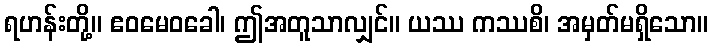
ရဟန်းတို့။ ဧဝမေဝခေါ၊ ဤအတူသာလျှင်။ ယဿ ကဿစိ၊ အမှတ်မရှိသော။